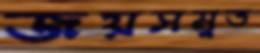
জয়সমুত